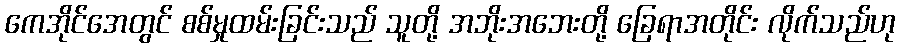
ကေအိုင်အေတွင် စစ်မှုထမ်းခြင်းသည် သူတို့ အဘိုးအဘေးတို့ ခြေရာအတိုင်း လိုက်သည်ဟု